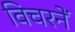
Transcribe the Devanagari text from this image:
विचरनें